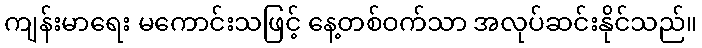
ကျန်းမာရေး မကောင်းသဖြင့် နေ့တစ်ဝက်သာ အလုပ်ဆင်းနိုင်သည်။